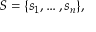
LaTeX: S = \{ s _ { 1 } , \ldots , s _ { n } \} ,